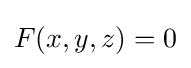
F(x,y,z)=0